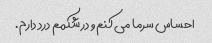
احساس سرما می کنم و در شکمم درد دارم.